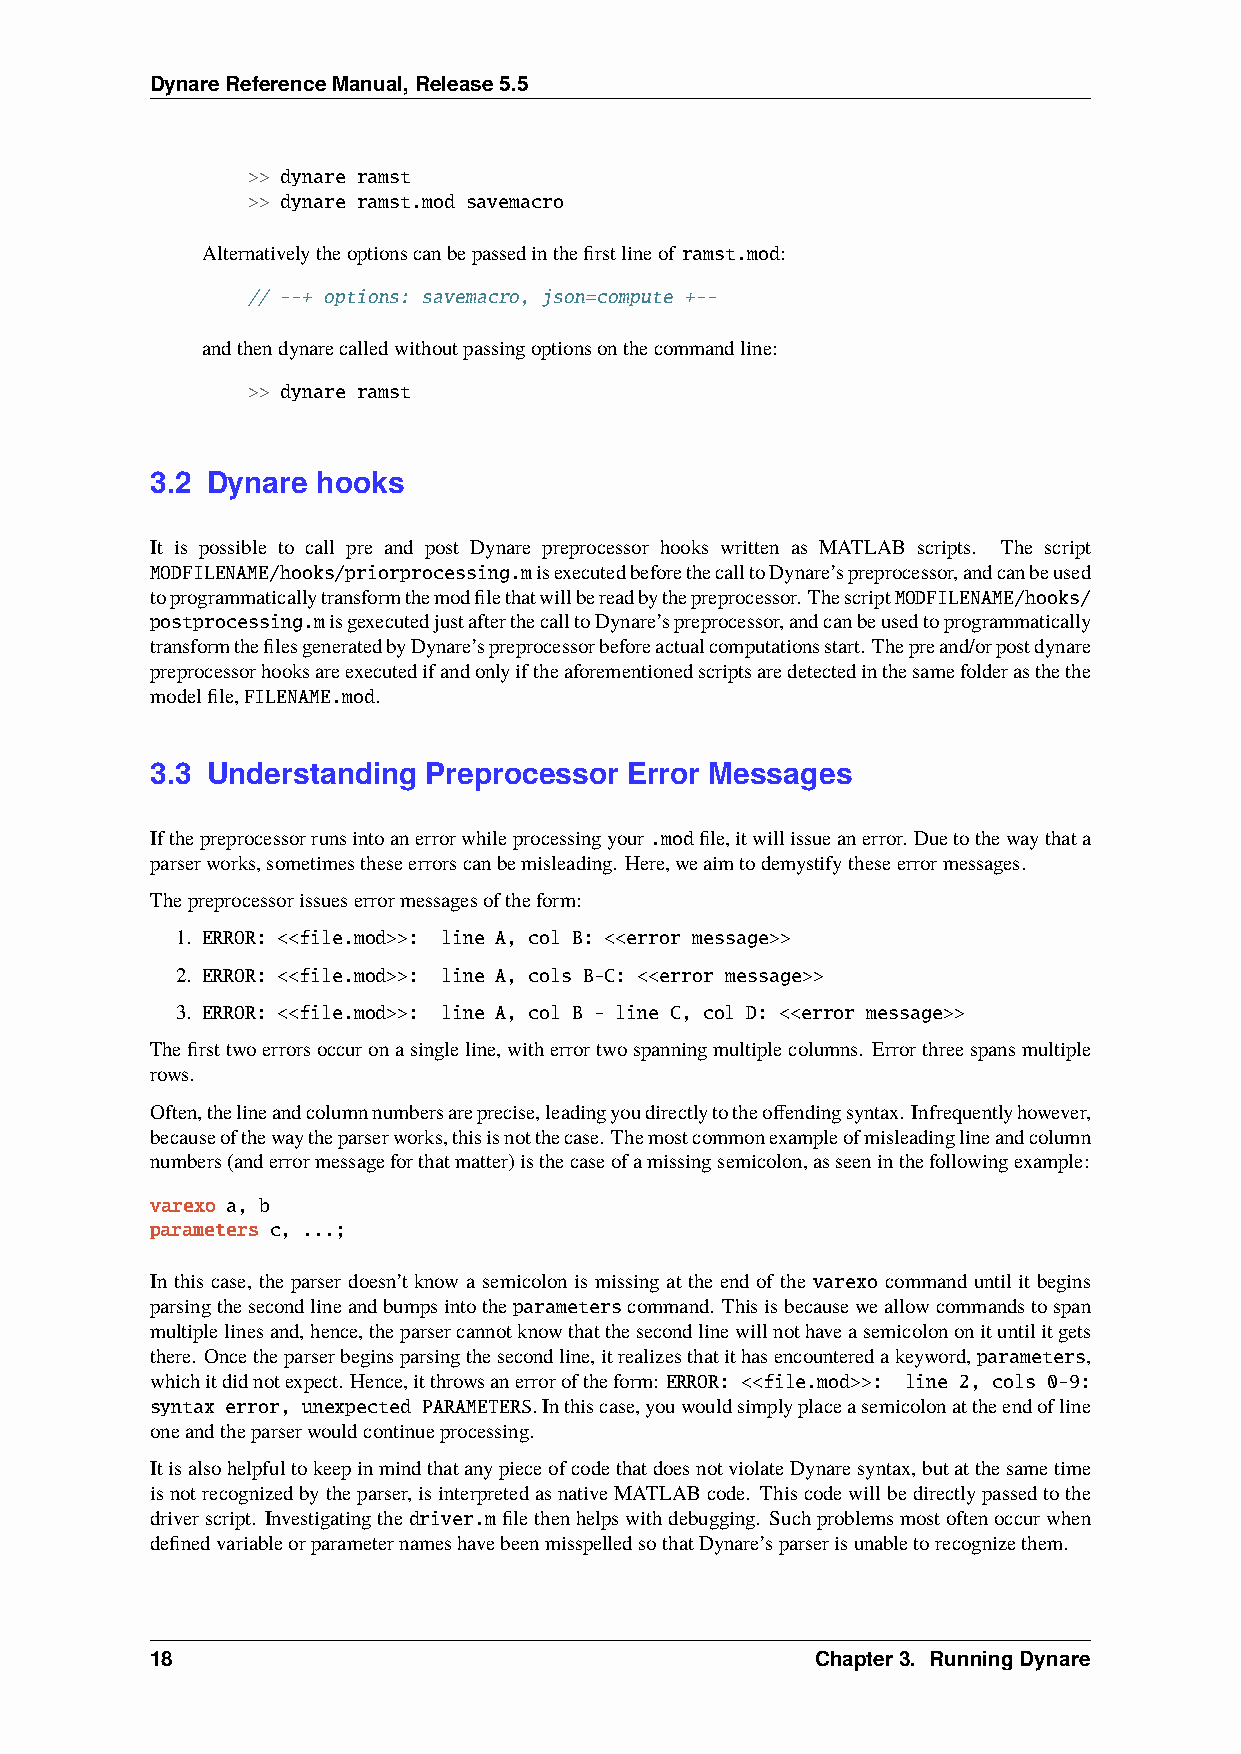
DynareReferenceManual,Release5.5
 >> dynare ramst
 >> dynare ramst.mod savemacro
 Alternativelytheoptionscanbepassedinthefirstlineof ramst.mod:
 // --+ options: savemacro, json=compute +--
 andthendynarecalledwithoutpassingoptionsonthecommandline:
 >> dynare ramst
 3.2 Dynare hooks
 It is possible to call pre and post Dynare preprocessor hooks written as MATLAB scripts. The script
 MODFILENAME/hooks/priorprocessing.misexecutedbeforethecalltoDynare’spreprocessor,andcanbeused
 toprogrammaticallytransformthemodfilethatwillbereadbythepreprocessor. ThescriptMODFILENAME/hooks/
 postprocessing.misgexecutedjustafterthecalltoDynare’spreprocessor,andcanbeusedtoprogrammatically
 transformthefilesgeneratedbyDynare’spreprocessorbeforeactualcomputationsstart. Thepreand/orpostdynare
 preprocessorhooksareexecutedifandonlyiftheaforementionedscriptsaredetectedinthesamefolderasthethe
 modelfile,FILENAME.mod.
 3.3 Understanding Preprocessor  Error Messages
 Ifthepreprocessorrunsintoanerrorwhileprocessingyour.modfile,itwillissueanerror. Duetothewaythata
 parserworks,sometimestheseerrorscanbemisleading. Here,weaimtodemystifytheseerrormessages.
 Thepreprocessorissueserrormessagesoftheform:
 1. ERROR: <<file.mod>>: line A, col B: <<error message>>
 2. ERROR: <<file.mod>>: line A, cols B-C: <<error message>>
 3. ERROR: <<file.mod>>: line A, col B - line C, col D: <<error message>>
 Thefirsttwoerrorsoccuronasingleline,witherrortwospanningmultiplecolumns. Errorthreespansmultiple
 rows.
 Often,thelineandcolumnnumbersareprecise,leadingyoudirectlytotheoffendingsyntax. Infrequentlyhowever,
 becauseofthewaytheparserworks,thisisnotthecase. Themostcommonexampleofmisleadinglineandcolumn
 numbers(anderrormessageforthatmatter)isthecaseofamissingsemicolon,asseeninthefollowingexample:
 varexo a, b
 parameters c, ...;
 In this case, the parser doesn’t know a semicolon is missing at the end of the varexo command until it begins
 parsingthesecondlineandbumpsintotheparameterscommand. Thisisbecauseweallowcommandstospan
 multiplelinesand,hence,theparsercannotknowthatthesecondlinewillnothaveasemicolononituntilitgets
 there. Oncetheparserbeginsparsingthesecondline,itrealizesthatithasencounteredakeyword,parameters,
 whichitdidnotexpect. Hence,itthrowsanerroroftheform: ERROR: <<file.mod>>: line 2, cols 0-9:
 syntax error, unexpected PARAMETERS.Inthiscase,youwouldsimplyplaceasemicolonattheendofline
 oneandtheparserwouldcontinueprocessing.
 ItisalsohelpfultokeepinmindthatanypieceofcodethatdoesnotviolateDynaresyntax,butatthesametime
 isnotrecognizedbytheparser,isinterpretedasnativeMATLABcode. Thiscodewillbedirectlypassedtothe
 driverscript. Investigatingthedriver.mfilethenhelpswithdebugging. Suchproblemsmostoftenoccurwhen
 definedvariableorparameternameshavebeenmisspelledsothatDynare’sparserisunabletorecognizethem.
 18                                          Chapter3. RunningDynare